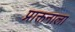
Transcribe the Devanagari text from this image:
प्राक्तनाला